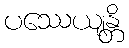
ပဿေယျန္တိ